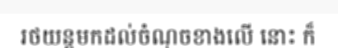
រថយន្តមកដល់ចំណុចខាងលើ នោះ ក៏